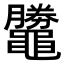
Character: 𪓺